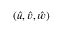
( \hat { u } , \hat { v } , \hat { w } )